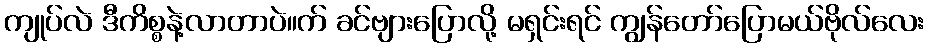
ကျုပ်လဲ ဒီကိစ္စနဲ့လာတာပဲ။က် ခင်ဗျားပြောလို့ မရှင်းရင် ကျွန်တော်ပြောမယ်ဗိုလ်လေး